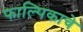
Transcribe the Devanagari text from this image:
फाल्पिकाचे